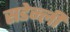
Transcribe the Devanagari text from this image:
सडेन्ली